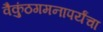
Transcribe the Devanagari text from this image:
वैकुंठगमनापर्यंचा